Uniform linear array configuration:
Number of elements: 24
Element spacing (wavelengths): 0.25
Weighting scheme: kaiser
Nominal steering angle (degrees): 15
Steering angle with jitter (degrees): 13.219
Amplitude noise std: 0.05
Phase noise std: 0.05

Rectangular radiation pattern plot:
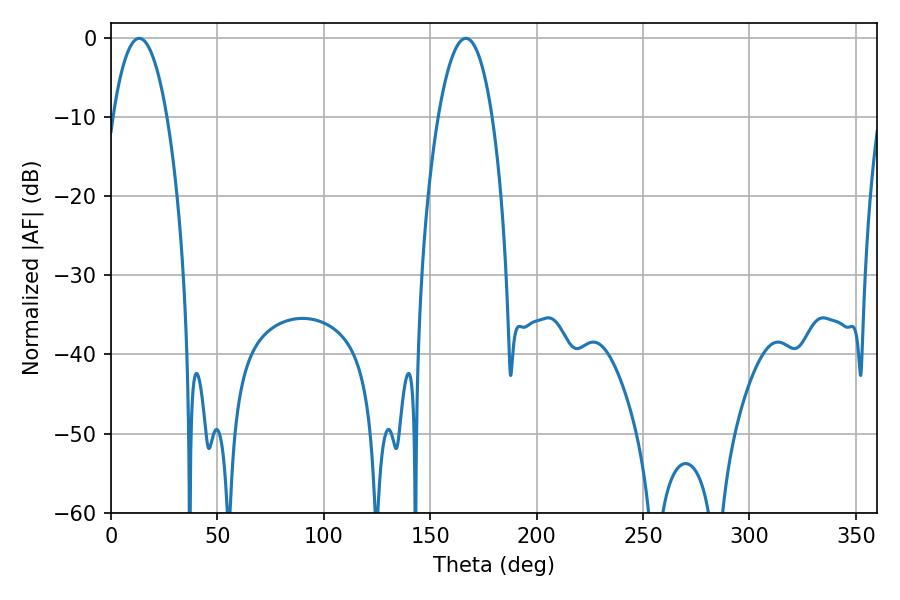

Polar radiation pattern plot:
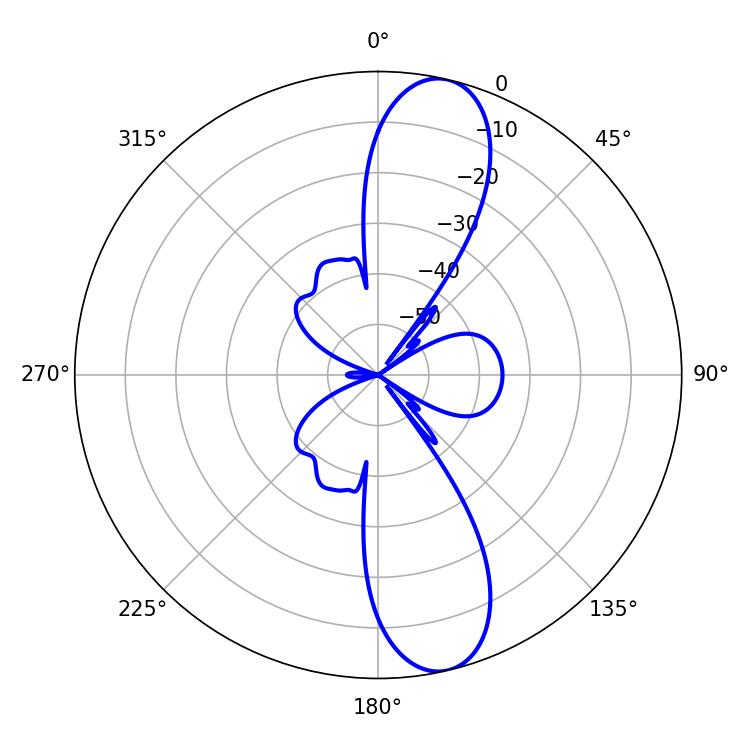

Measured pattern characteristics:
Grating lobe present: FALSE
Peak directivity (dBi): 12.159
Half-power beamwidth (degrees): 14.22
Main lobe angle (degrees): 13.32